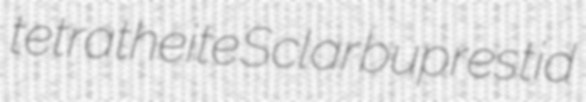
tetratheite Sclar buprestid